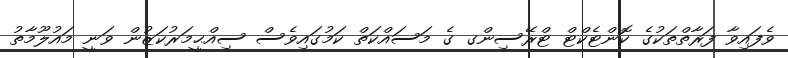
ވެފައިވާ ފަރާތްތަކުގެ ކޮންޓެކްޓް ޓްރޭސިންގ ގެ މަސައްކަތް ކަމުގައިވެސް ސިއްޙީމަރުކަޒުން ވަނީ މައުލޫމާތު